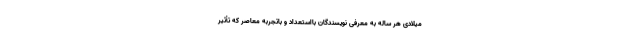
میلادی هر ساله به معرفی نویسندگان بااستعداد و باتجربه معاصر که تأثیر